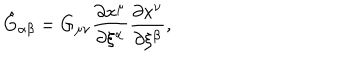
\hat { G } _ { \alpha \beta } = G _ { \mu \nu } { \frac { \partial x ^ { \mu } } { \partial \xi ^ { \alpha } } } { \frac { \partial x ^ { \nu } } { \partial \xi ^ { \beta } } } ,